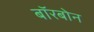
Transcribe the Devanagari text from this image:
बॉरबोन